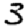
Digit: 3